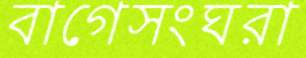
বাগেসংঘরা